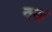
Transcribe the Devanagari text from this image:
क्क्त